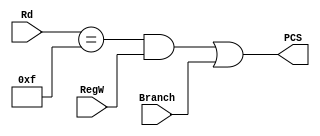
module PCLogic (
    input [3:0] Rd,
    input       Branch,
    input       RegW,

    output      PCS
);

assign PCS = ((Rd == 15) & RegW) | Branch;

endmodule //PCLogic